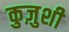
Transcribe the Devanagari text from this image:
कुज़ुशी